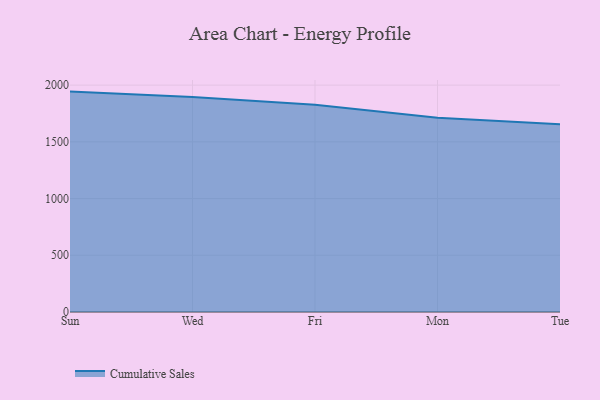
{"axis": {"x": "Day", "y": "Conversion Rate (%)"}, "legend": ["Cumulative Sales"], "data": [{"x": "Sun", "y": 1943.0, "type": "Cumulative Sales"}, {"x": "Wed", "y": 1894.4, "type": "Cumulative Sales"}, {"x": "Fri", "y": 1826.7, "type": "Cumulative Sales"}, {"x": "Mon", "y": 1713.5, "type": "Cumulative Sales"}, {"x": "Tue", "y": 1655.6, "type": "Cumulative Sales"}]}